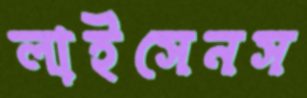
লাইসেনস